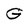
Character: G